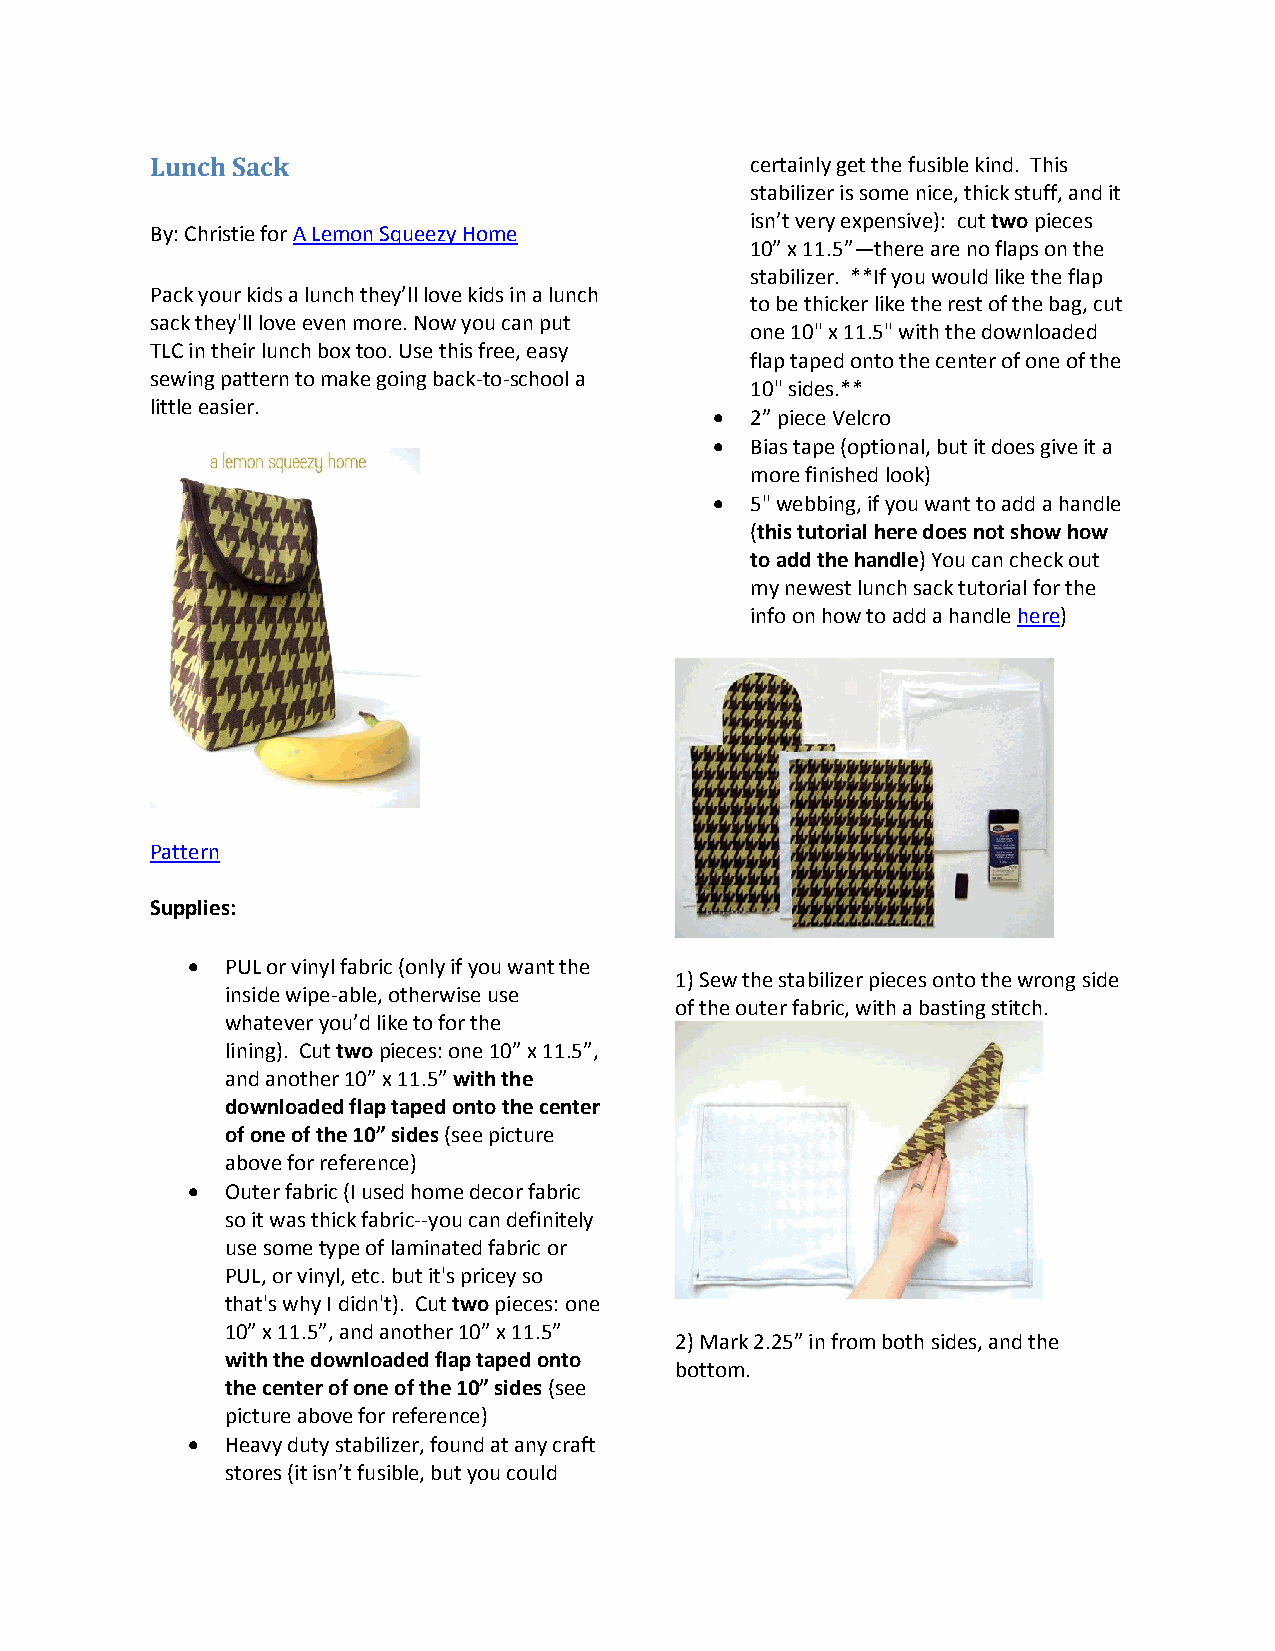
Lunch Sack                              certainly get the fusible kind. This
 stabilizer is some nice, thick stuff, and it
 isn’t very expensive): cut two pieces
 By: Christie for A Lemon Squeezy Home
 10” x 11.5”—there are no flaps on the
 stabilizer. **If you would like the flap
 Pack your kids a lunch they’ll love kids in a lunch
 to be thicker like the rest of the bag, cut
 sack they'll love even more. Now you can put
 one 10" x 11.5" with the downloaded
 TLC in their lunch box too. Use this free, easy
 flap taped onto the center of one of the
 sewing pattern to make going back-to-school a
 10" sides.**
 little easier.
   2” piece Velcro
   Bias tape (optional, but it does give it a
 more finished look)
   5" webbing, if you want to add a handle
 (this tutorial here does not show how
 to add the handle) You can check out
 my newest lunch sack tutorial for the
 info on how to add a handle here)
 Pattern
 Supplies:
   PUL or vinyl fabric (only if you want the
 1) Sew the stabilizer pieces onto the wrong side
 inside wipe-able, otherwise use
 of the outer fabric, with a basting stitch.
 whatever you’d like to for the
 lining). Cut two pieces: one 10” x 11.5”,
 and another 10” x 11.5” with the
 downloaded flap taped onto the center
 of one of the 10” sides (see picture
 above for reference)
   Outer fabric (I used home decor fabric
 so it was thick fabric--you can definitely
 use some type of laminated fabric or
 PUL, or vinyl, etc. but it's pricey so
 that's why I didn't). Cut two pieces: one
 10” x 11.5”, and another 10” x 11.5”
 2) Mark 2.25” in from both sides, and the
 with the downloaded flap taped onto
 bottom.
 the center of one of the 10” sides (see
 picture above for reference)
   Heavy duty stabilizer, found at any craft
 stores (it isn’t fusible, but you could